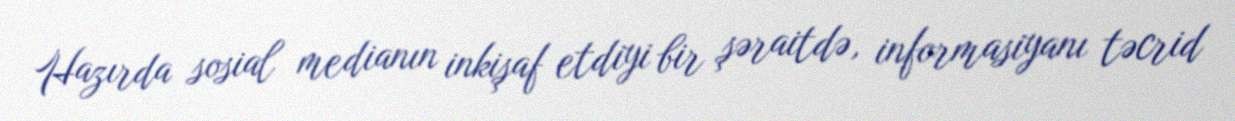
Hazırda sosial medianın inkişaf etdiyi bir şəraitdə, informasiyanı təcrid